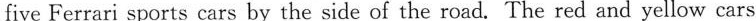
five Ferrari sports cars by the side of the road. The red and yellow cars